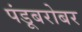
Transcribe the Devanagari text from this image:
पंडूबरोबर